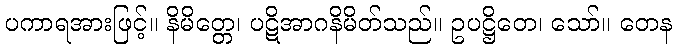
ပကာရအားဖြင့်။ နိမိတ္တေ၊ ပဋိအာဂနိမိတ်သည်။ ဥပဋ္ဌိတေ၊ သော်။ တေန